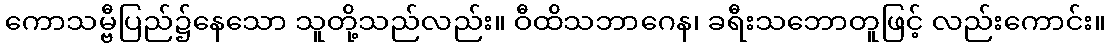
ကောသမ္ဗီပြည်၌နေသော သူတို့သည်လည်း။ ဝီထိသဘာဂေန၊ ခရီးသဘောတူဖြင့် လည်းကောင်း။